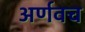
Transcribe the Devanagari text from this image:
अर्णवच